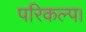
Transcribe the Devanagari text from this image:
परिकल्प।